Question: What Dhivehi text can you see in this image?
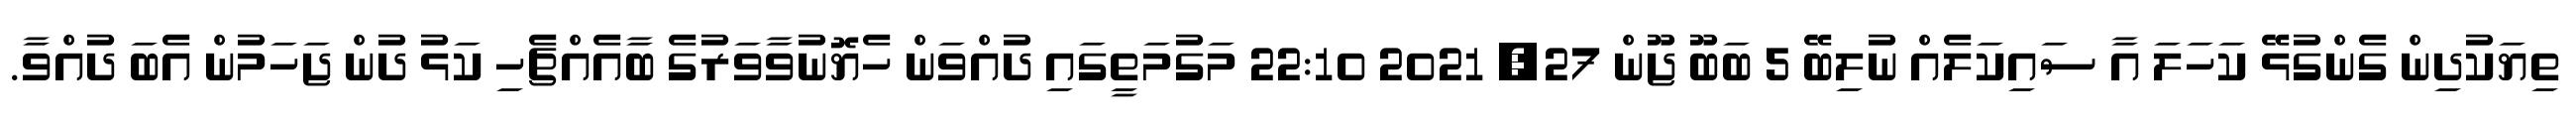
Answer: ތިޔަކުދިން ގެންގުޅޭ ކަހަލަ އާ ސައިކަލެއް ނުލިބޭ 5 ބަބޫ ޖޫން 27, 2021 22:10 މަގުމަތީގައި ދުއްވަން ހެޔޮނުވާވަރުގެ ބާއެއްޗެހި ކަޅު ދުން ޖަހަމުން އެބަ ދުއްވާ.